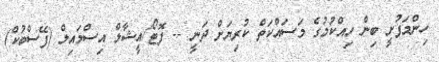
ހިންމަފުށީ ބިން ހިއްކުމުގެ މަސައްކަތް ކުރިޔަށް ދަނީ -- ފޮޓޯ/އީޝާލް އިސްމައިލް (ފޭސްބުކް)